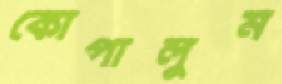
কোপালুম